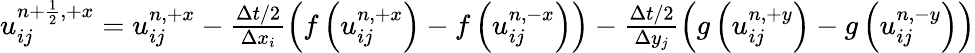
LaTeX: \begin{array}{r}{u_{ij}^{{n+\frac{1}{2}},+x}=u_{ij}^{n,+x}-\frac{\Delta t/2}{\Delta x_{i}}\left(f\left(u_{ij}^{n,+x}\right)-f\left(u_{ij}^{n,-x}\right)\right)-\frac{\Delta t/2}{\Delta y_{j}}\left(g\left(u_{ij}^{n,+y}\right)-g\left(u_{ij}^{n,-y}\right)\right)}\end{array}